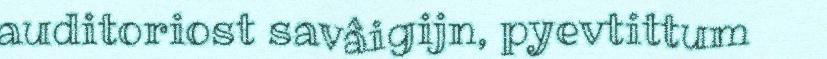
auditoriost savâigijn, pyevtittum